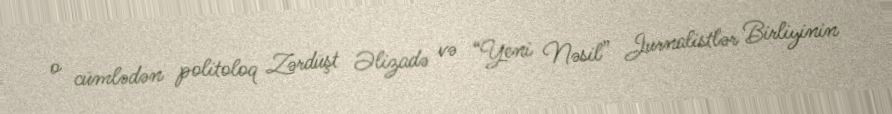
o cümlədən politoloq Zərdüşt Əlizadə və “Yeni Nəsil” Jurnalistlər Birliyinin